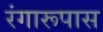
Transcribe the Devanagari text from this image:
रंगारूपास